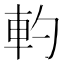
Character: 𰹋